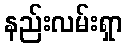
နည်းလမ်းရှာ